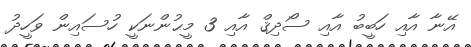
އޭނާ އާއި ހަބީބު އާއި ސޯދިޤް އާއި 3 މީޙުންނަކީ ހުސައިން ވަހީދު